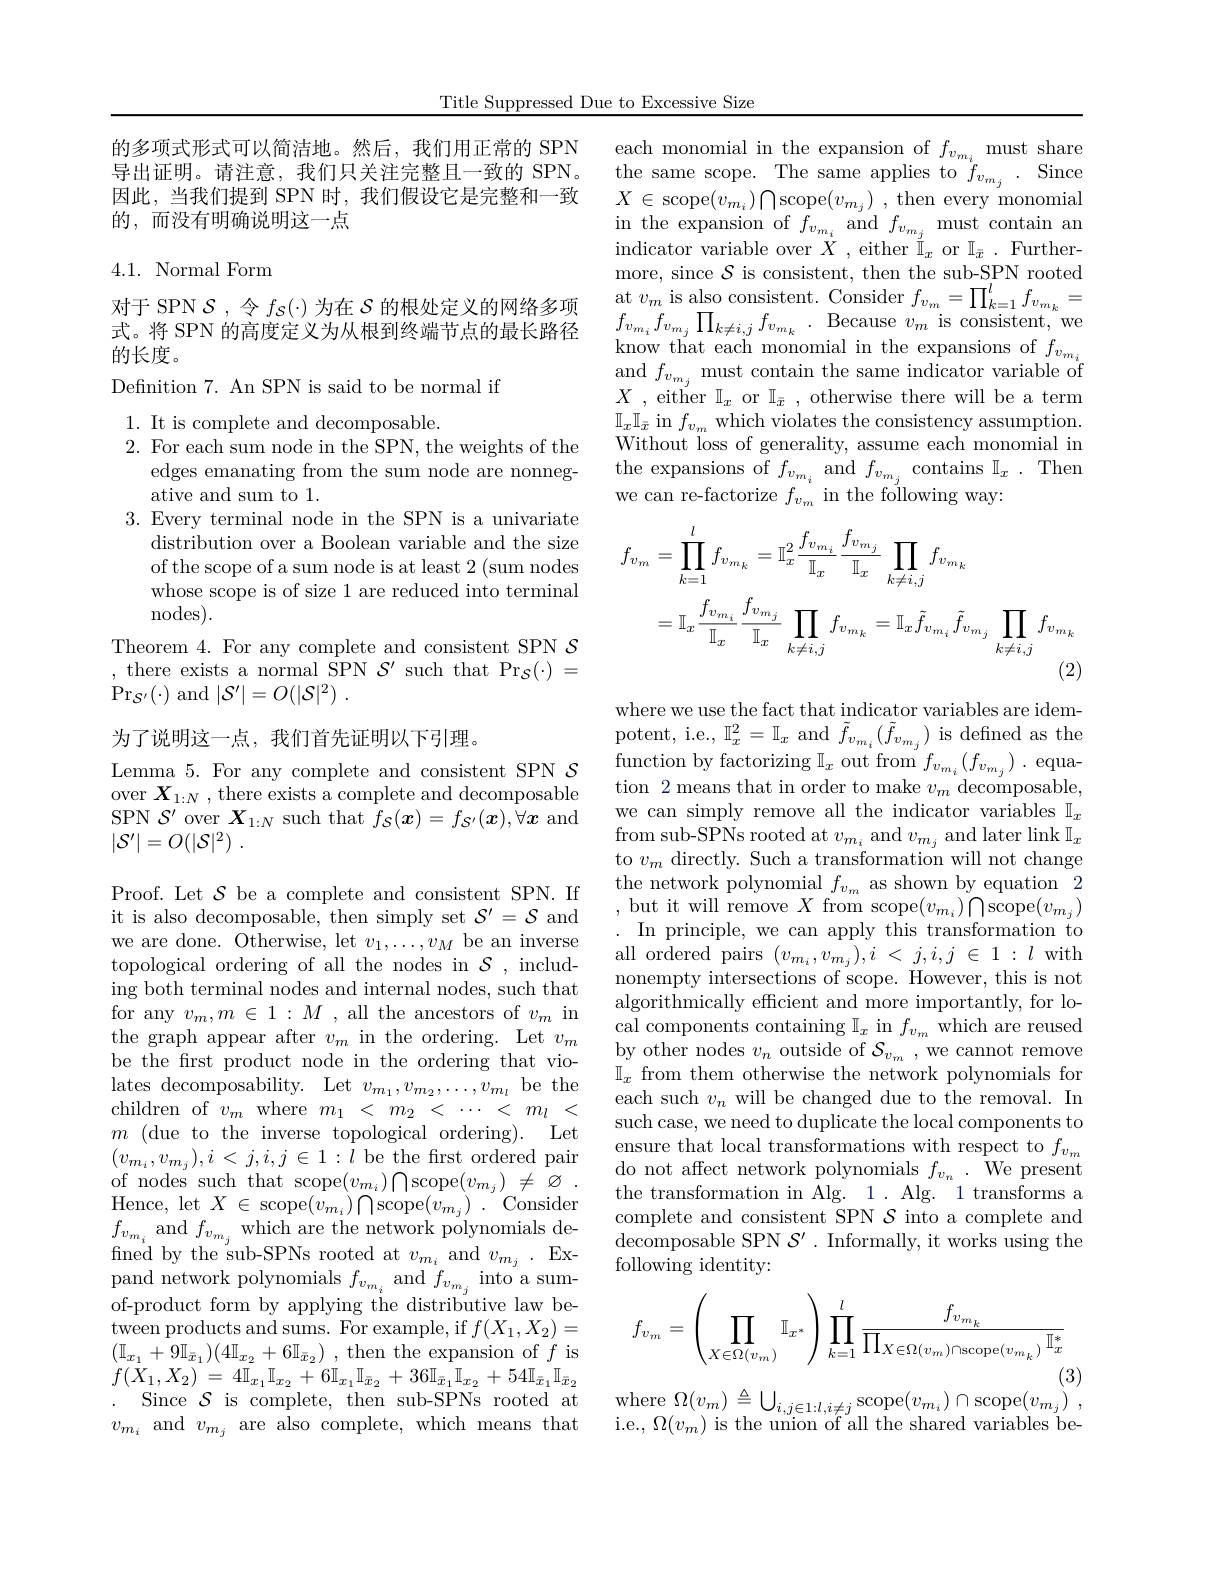
Title Suppressed Due to Excessive Size

的多项式形式可以简洁地。然后，我们用正常的 SPN 导出证明。请注意，我们只关注完整且一致的 SPN。因此，当我们提到 SPN 时，我们假设它是完整和一致的，而没有明确说明这一点

### 4.1. Normal Form

对于 SPN $\mathcal{S}$ ,令$f_S(\cdot)$为在$\mathcal{S}$的根处定义的网络多项式。将 SPN 的高度定义为从根到终端节点的最长路径的长度。

Defnition 7. An SPN is said to be normal if
1. It is complete and decomposable.
2. For each sum node in the SPN, the weights of the
edges emanating from the sum node are nonneg-
ative and sum to 1.
3. Every terminal node in the SPN is a univariate
distribution over a Boolean variable and the size of the scope of a sum node is at least 2 (sum nodes whose scope is of size 1 are reduced into terminal nodes).
Theorem 4. For any complete and consistent SPN $\mathcal{S}$ $\Pr_{\mathcal{S}^{\prime}}(\cdot)$ and $| \mathcal{S} ^\prime | = O( | \mathcal{S} | ^2)$ .

为了说明这一点，我们首先证明以下引理。

Lemma 5. For any complete and consistent SPN $\mathcal{S}$ over $\boldsymbol X_{1:N}$,there exists a complete and decomposable SPN $\mathcal{S}^\prime$ over $\boldsymbol X_{1:N}$ such that $f_{\mathcal{S}}(\boldsymbol x)=f_{\mathcal{S}^{\prime}}(\boldsymbol{x}),\forall\boldsymbol{x}$ and $| \mathcal{S} ^{\prime }| = O( | \mathcal{S} | ^2)$ .

it is also decomposable, then simply set $\mathcal{S}^\prime=\mathcal{S}$ and we are done. Otherwise, let $v_1,\ldots,v_M$ be an inverse topological ordering of all the nodes in $\mathcal{S}$, including both terminal nodes and internal nodes, such that for any $v_m,m\in1:M$ , all the ancestors of $v_m$ in the graph appear after $v_m$ in the ordering. Let $v_m$ be the frst product node in the ordering that violates decomposability. Let $v_{m_1},v_{m_2},\ldots,v_{m_l}$ be the children of $v_m$ where $m_1<m_2<\cdots<m_l<$ $m\allowbreak ( {\mathrm{mod}} $to the inverse topological ordering). Let $\begin{array}{l}{(v_{m_{i}},v_{m_{j}}),i<j,i,j\in1:l\text{ be the first ordered pair}}\\{\mathrm{of~nodes~such~that~scope}(v_{m_{i}})\bigcap\mathrm{scope}(v_{m_{j}})\neq\emptyset.}\\{\mathrm{rr~}}\end{array}$ pand network polynomials $f_{v_{m_{i}}}$ and $f_{v_{m_{j}}}$ into a sumof-product form by applying the distributive law between products and sums. For example, if $f(X_1,X_2)=$ $( \mathbb{I} _{x_1}+ 9\mathbb{I} _{\bar{x} _1}) ( 4\mathbb{I} _{x_2}+ 6\mathbb{I} _{\bar{x} _2})$ ,then the expansion of $f$ is $f( X_{1}, X_{2})$ = $4\Pi _{x_{1}}\Pi _{x_{2}}$ + $6\Pi _{x_{1}}\Pi _{\bar{x} _{2}}$ + $36\Pi _{\bar{x} _{1}}\Pi _{x_{2}}$ + $54\Pi _{\bar{x} _{1}}\Pi _{\bar{x} _{2}}$ Since $\mathcal{S}$ is complete, then sub-SPNs rooted at $v_{m_i}$ and $v_m_j$ are also complete, which means that

$\begin{array}{ll}{\mathrm{each~monomial~in~the~expansion~of~}f_{v_{m_{i}}}}&{\mathrm{must~share}}\\{\mathrm{the~same~scope.~The~same~applies~to~}f_{v_{m_{j}}}}&{.}&{\mathrm{Since}}\end{array}$ $X\in$scope$(v_{m_i})\bigcap$scope$(v_{m_j})$ , then every monomial $\begin{array}{cc}{\mathrm{in~the~expansion~of~}f_{v_{m_{i}}}}&{{\mathrm{and~}}f_{v_{m_{j}}}}&{{\mathrm{must~contain~an}}}\\{{\mathrm{must~contain~an}}}\end{array}$ indicator variable over $X$ , either $\overset{'}{\operatorname*{I}}_x$ or $\mathbb{I}_\bar{x}.$ Furthermore, since $\mathcal{S}$ is consistent, then the sub-SPN rooted $\underset{r}{\operatorname*{\operatorname*{at}}}v_{m}\overset{'}{\operatorname*{\operatorname*{is~also~consistent.~Consider~}}}f_{v_{m}}=\prod_{k=1}^{l}f_{v_{m}_{k}}=$ $f_{v_{m_{i}}}f_{v_{m_{j}}}\prod_{k\neq i,j}f_{v_{m_{k}}}.$Because$v_m$ is consistent, we $\begin{array}{l}{\mathrm{know~that~each~monomial~in~the~expansions~of~}f_{v_{m_{i}}}}\\{\mathrm{and~}f_{v_{m_{i}}}}\end{array}$ $\begin{array}{l}\mathrm{and~}f_{v_{m_{j}}}\text{ must contain the same indicator variable of}\\X\:,\mathrm{~either~}\mathbb{I}_{x}\text{ or }\mathbb{I}_{\bar{x}}\:,\mathrm{~otherwise~there~will~be~a~term}\end{array}$ $\mathbb{I}_x\mathbb{I}_{\bar{x}}$ in $f_v_m$ which violates the consistency assumption. Without loss of generality, assume each monomial in the expansions of $f_{v_{m_{i}}}$ and $f_{v_{m_{j}}}$ contains $\mathbb{I}_x.$ Then we can re-factorize $f_v_m$ in the following way:
$$\begin{aligned}f_{v_{m}}&=\prod_{k=1}^{l}f_{v_{m_{k}}}=\mathbb{I}_{x}^{2}\frac{f_{v_{m_{i}}}}{\mathbb{I}_{x}}\frac{f_{v_{m_{j}}}}{\mathbb{I}_{x}}\prod_{k\neq i,j}f_{v_{m_{k}}}\\&=\mathbb{I}_{x}\frac{f_{v_{m_{i}}}}{\mathbb{I}_{x}}\frac{f_{v_{m_{j}}}}{\mathbb{I}_{x}}\prod_{k\neq i,j}f_{v_{m_{k}}}=\mathbb{I}_{x}\tilde{f}_{v_{m_{i}}}\tilde{f}_{v_{m_{j}}}\prod_{k\neq i,j}f_{v_{m_{k}}}\\&&\text{(2)}\end{aligned}$$
where we use the fact that indicator variables are idempotent, i.e., $\mathbb{I}_x^2=\mathbb{I}_x$ and $\tilde{f}_{v_{m_{i}}}(\tilde{f}_{v_{m_{j}}})$ is defined as the function by factorizing $\mathbb{I} _{x}$ out from $f_{v_{m_{i}}}( f_{v_{m_{j}}})$ . equa- tion 2 means that in order to make $v_{m}$ decomposable, we can simply remove all the indicator variables $\mathbb{I}_x$ from sub-SPNs rooted at $v_{m_i}$ and $v_{m_j}$ and later link $\mathbb{I}_x$ to $v_m$ directly. Such a transformation will not change
Proof. Let $\mathcal{S}$ be a complete and consistent SPN. If the network polynomial $f_{v_m}$ as shown by equation 2it is also decomposable, then simply set $\mathcal{S}^\prime=\mathcal{S}$ and ,but it will remove $X$ from scope$(v_{m_i})\bigcap$scope$(v_{m_j})$
In principle, we can apply this transformation to $\begin{array}{l}\mathrm{all~ordered~pairs~}(v_{m_{i}},v_{m_{j}}),i~<~j,i,j~\in~1~:~l~with}\\\mathrm{nonempty~intersections~of~scope.~However,~this~is~not}\end{array}$ algorithmically efficient and more importantly, for local components containing $\mathbb{I}_x$ in $f_v_m$ which are reused by other nodes $v_n$ outside of $\mathcal{S}_v_m$,we cannot remove $\mathbb{I}_x$ from them otherwise the network polynomials for each such $v_n$ will be changed due to the removal. In such case, we need to duplicate the local components to ensure that local transformations with respect to $f_v_m$ do not affect network polynomials $f_{v_n}.$ We present the transformation in Alg. 1. Alg. 1 transforms a
following identity:
$$f_{v_m}=\left(\prod_{X\in\Omega(v_m)}\mathbb{I}_{x^*}\right)\prod_{k=1}^l\frac{f_{v_{m_k}}}{\prod_{X\in\Omega(v_m)\cap\text{scope}(v_{m_k})}\mathbb{I}_x^*}$$
(3)
where $\Omega ( v_{m}) \triangleq \bigcup _{i, j\in 1: l, i\neq j}\operatorname { scope} ( v_{m_{i}}) \cap \operatorname { scope} ( v_{m_{j}})$ ,

i.e., $\Omega(v_{m})$ is the union of all the shared variables be-